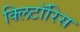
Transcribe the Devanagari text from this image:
क्लिटॉरिस